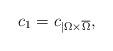
LaTeX: \begin{align*}c_{1}=c_{|\Omega\times\overline{\Omega}},\end{align*}